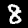
Label: 8